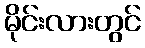
မိုင်းလားတွင်